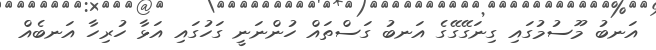
އަނބު މޫސުމުގައި ގިނަގޭގޭގެ އަނބު ގަސްތައް ހުންނަނީ ގަހުގައި އަޅާ ހުރިހާ އަނބެއް